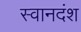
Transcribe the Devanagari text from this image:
स्वानदंश